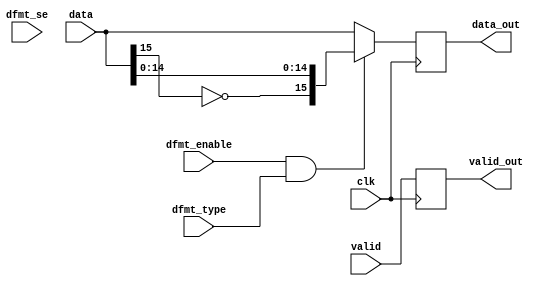
module ad_datafmt (

  // data path

  clk,
  valid,
  data,
  valid_out,
  data_out,

  // control signals

  dfmt_enable,
  dfmt_type,
  dfmt_se);

  // delayed data bus width

  parameter   DATA_WIDTH = 16;
  localparam  DW = DATA_WIDTH - 1;

  // data path

  input           clk;
  input           valid;
  input   [DW:0]  data;
  output          valid_out;
  output  [15:0]  data_out;

  // control signals

  input           dfmt_enable;
  input           dfmt_type;
  input           dfmt_se;

  // internal registers

  reg             valid_out = 'd0;
  reg     [15:0]  data_out = 'd0;

  // internal signals

  wire            type_s;
  wire            signext_s;
  wire    [DW:0]  data_s;
  wire    [23:0]  sign_s;
  wire    [23:0]  data_out_s;

  // if offset-binary convert to 2's complement first

  assign type_s = dfmt_enable & dfmt_type;
  assign signext_s = dfmt_enable & dfmt_se;

  assign data_s = (type_s == 1'b1) ? {~data[DW], data[(DW-1):0]} : data;
  assign sign_s = (signext_s == 1'b1) ? {{24{data_s[DW]}}} : 24'd0;
  assign data_out_s = {sign_s[23:(DW+1)], data_s};

  always @(posedge clk) begin
    valid_out <= valid;
    data_out <= data_out_s[15:0];
  end

endmodule